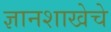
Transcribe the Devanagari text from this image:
ज्ञानशाखेचे